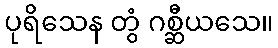
ပုရိသေန တွံ ဂစ္ဆီယသေ။